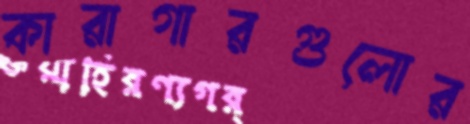
কারাগারগুলোর